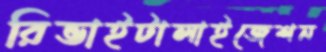
রিভাইটালাইজেশন